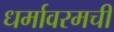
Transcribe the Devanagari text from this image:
धर्मावरमची